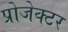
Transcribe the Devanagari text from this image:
प्रोजेक्‍टर